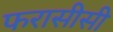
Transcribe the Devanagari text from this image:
फरासीसी